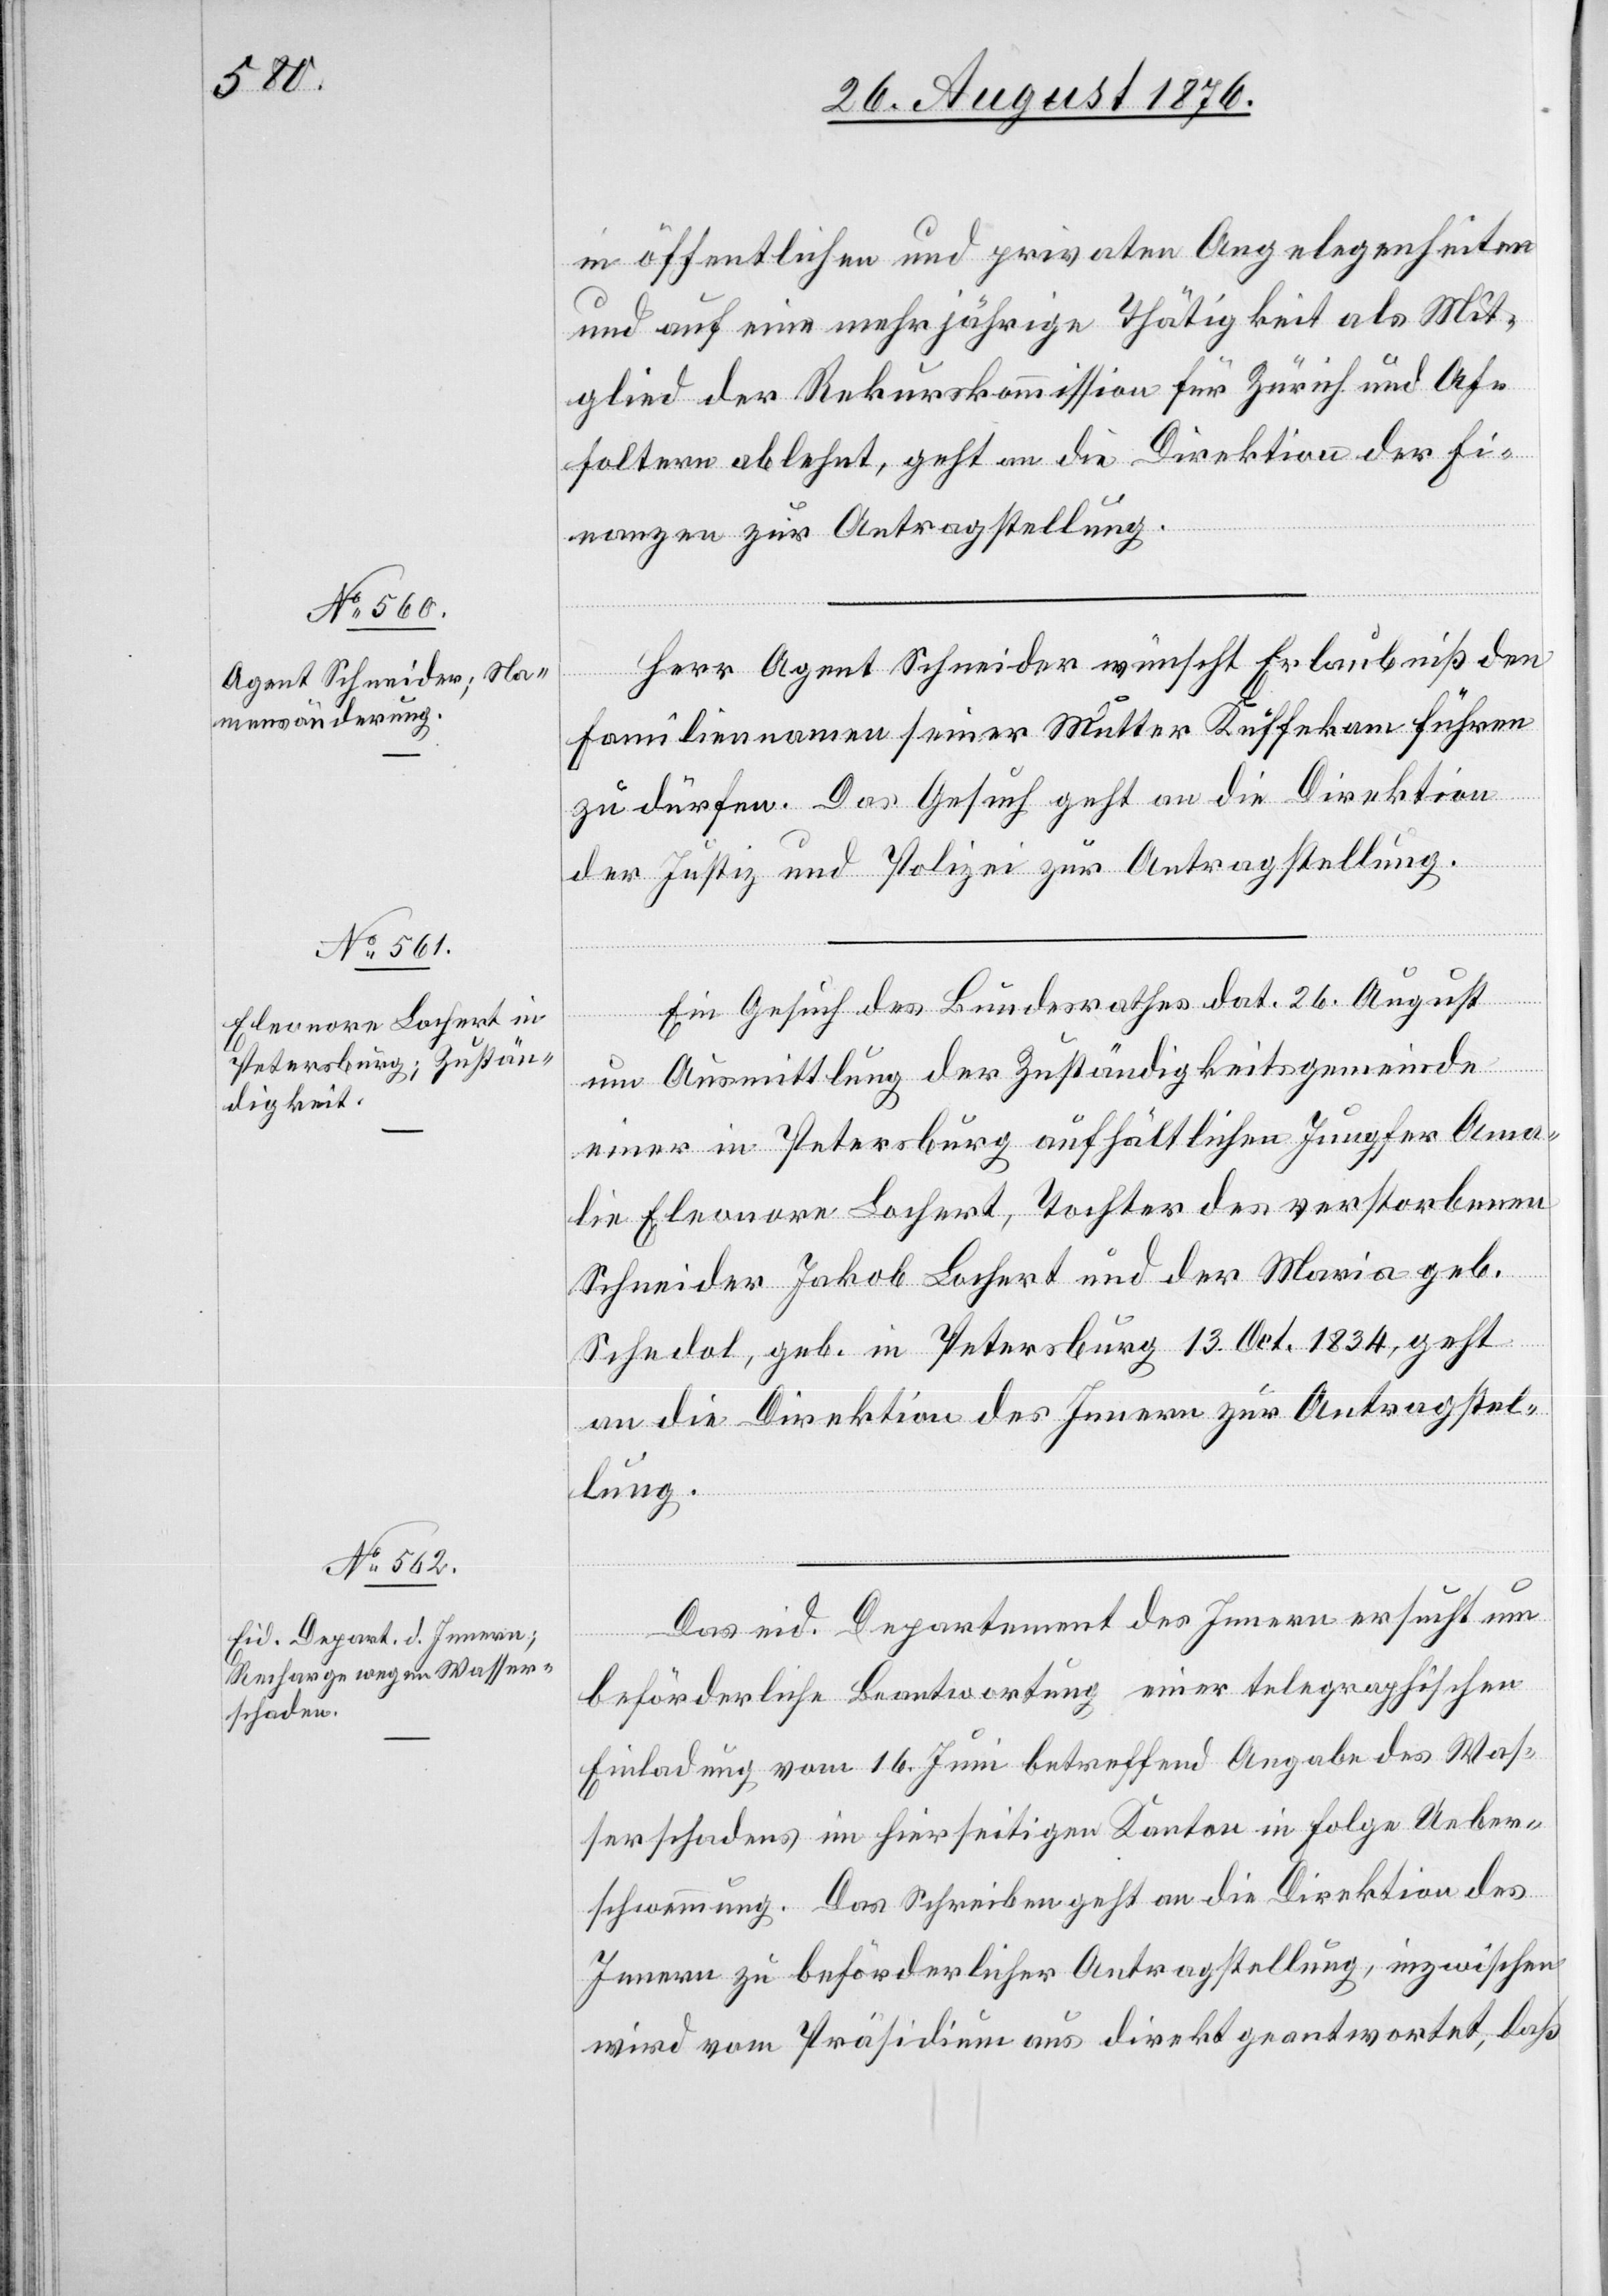
30. August 1876.]
in öffentlichen und privaten Angelegenheiten
und auf eine mehrjährige Thätigkeit als Mit¬
glied der Rekurskommission für Zürich und Af¬
foltern ablehnt, geht an die Direktion der Fi¬
nanzen zur Antragstellung.
Herr Agent Schneider wünscht Erlaubniß den
Familiennamen seiner Mutter Kuffekam führen
zu dürfen. Das Gesuch geht an die Direktion
der Justiz und Polizei zur Antragstellung.
Ein Gesuch des Bundesrathes dat. 26. August
um Ausmittlung der Zuständigkeitsgemeinde
einer in Petersburg aufhältlichen Jungfer Ama¬
lie Eleonora Lochert, Tochter des verstorbenen
Schneider Jakob Lochert und der Maria geb.
Schedol, geb. in Petersburg 13. Oct. 1834, geht
an die Direktion des Innern zur Antragstel¬
lung.
Das eid. Departement des Innern ersucht um
beförderliche Beantwortung einer telegraphischen
Einladung vom 16. Juni betreffend Angabe des Was¬
serschadens im hierseitigen Kanton in Folge Ueber¬
schwemmung. Das Schreiben geht an die Direktion des
Innern zu beförderlicher Antragstellung, inzwischen
wird vom Präsidium aus direkt geantwortet, daß